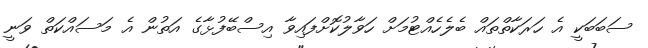
ސަބަބަކީ އެ ހަރަކާތްތައް ބެލެހެއްޓުމަށް ހަވާލުކޮށްފައިވާ އިސްބޭފުޅާގެ އަތުން އެ މަސައްކަތް ވަނީ